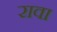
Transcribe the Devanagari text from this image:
रावा